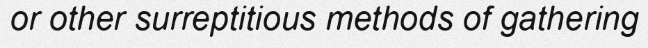
or other surreptitious methods of gathering